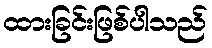
ထားခြင်းဖြစ်ပါသည်